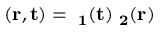
( \bf { r } , t ) = \psi _ { 1 } ( t ) \psi _ { 2 } ( \bf { r } )